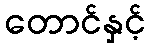
တောင်နှင့်